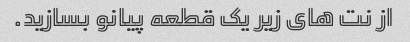
از نت های زیر یک قطعه پیانو بسازید.